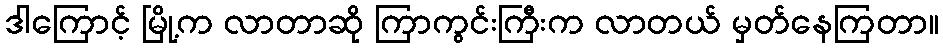
ဒါကြောင့် မြို့က လာတာဆို ကြာကွင်းကြီးက လာတယ် မှတ်နေကြတာ။